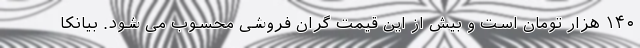
۱۴۰ هزار تومان است و بیش از این قیمت گران فروشی محسوب می شود. بیانکا